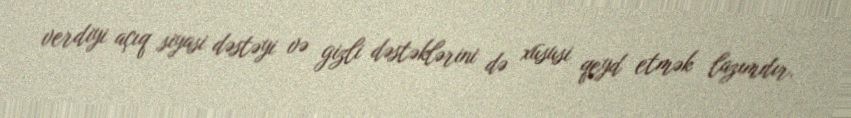
verdiyi açıq siyasi dəstəyi və gizli dəstəklərini də xüsusi qeyd etmək lazımdır.